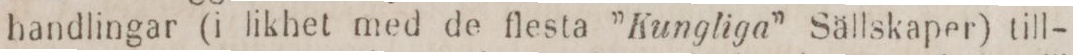
handlingar (i likhet med de flesta ”Kungliga” Sällskaper) till-